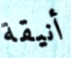
أنيقة